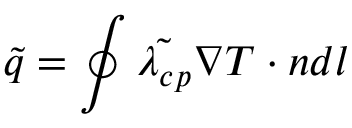
\tilde { q } = \oint \tilde { \lambda _ { c p } } \boldsymbol { \nabla } T \cdot \boldsymbol { n } d l